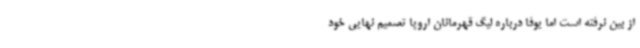
از بین نرفته است اما یوفا درباره لیگ قهرمانان اروپا تصمیم نهایی خود